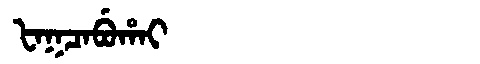
Manchu: ᡶᠠᡴᠴᠠᠪᡠᡥᠠᡳ
Romanization: FAKCABUHAI